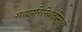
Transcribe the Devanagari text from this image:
सद्यपरिस्थितीमध्ये